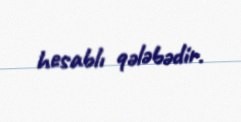
hesablı qələbədir.